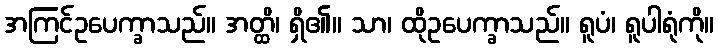
အကြင်ဥပေက္ခာသည်။ အတ္ထိ၊ ရှိ၏။ သာ၊ ထိုဥပေက္ခာသည်။ ရူပံ၊ ရူပါရုံကို။